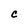
Character: C